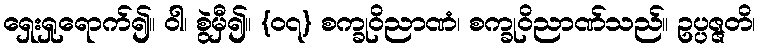
ရှေးရှုရောက်၍။ ဝါ၊ စွဲမှီ၍။ {၀၇} စက္ခုဝိညာဏံ၊ စက္ခုဝိညာဏ်သည်။ ဥပ္ပဇ္ဇတိ၊